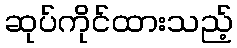
ဆုပ်ကိုင်ထားသည့်